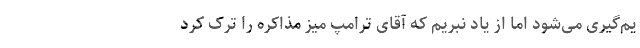
یم‌گیری می‌شود اما از یاد نبریم که آقای ترامپ میز مذاکره را ترک کرد